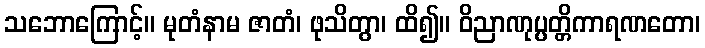
သဘောကြောင့်။ မုတံနာမ ဇာတံ၊ ဖုသိတွာ၊ ထိ၍။ ဝိညာဏုပ္ပတ္တိကာရဏတော၊